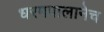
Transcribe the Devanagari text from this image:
धरमपालानेच